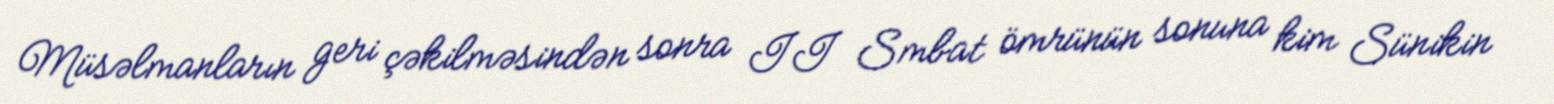
Müsəlmanların geri çəkilməsindən sonra II Smbat ömrünün sonuna kim Sünikin